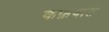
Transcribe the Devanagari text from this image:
कफ़वात